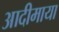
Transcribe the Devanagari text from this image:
आदीमाया